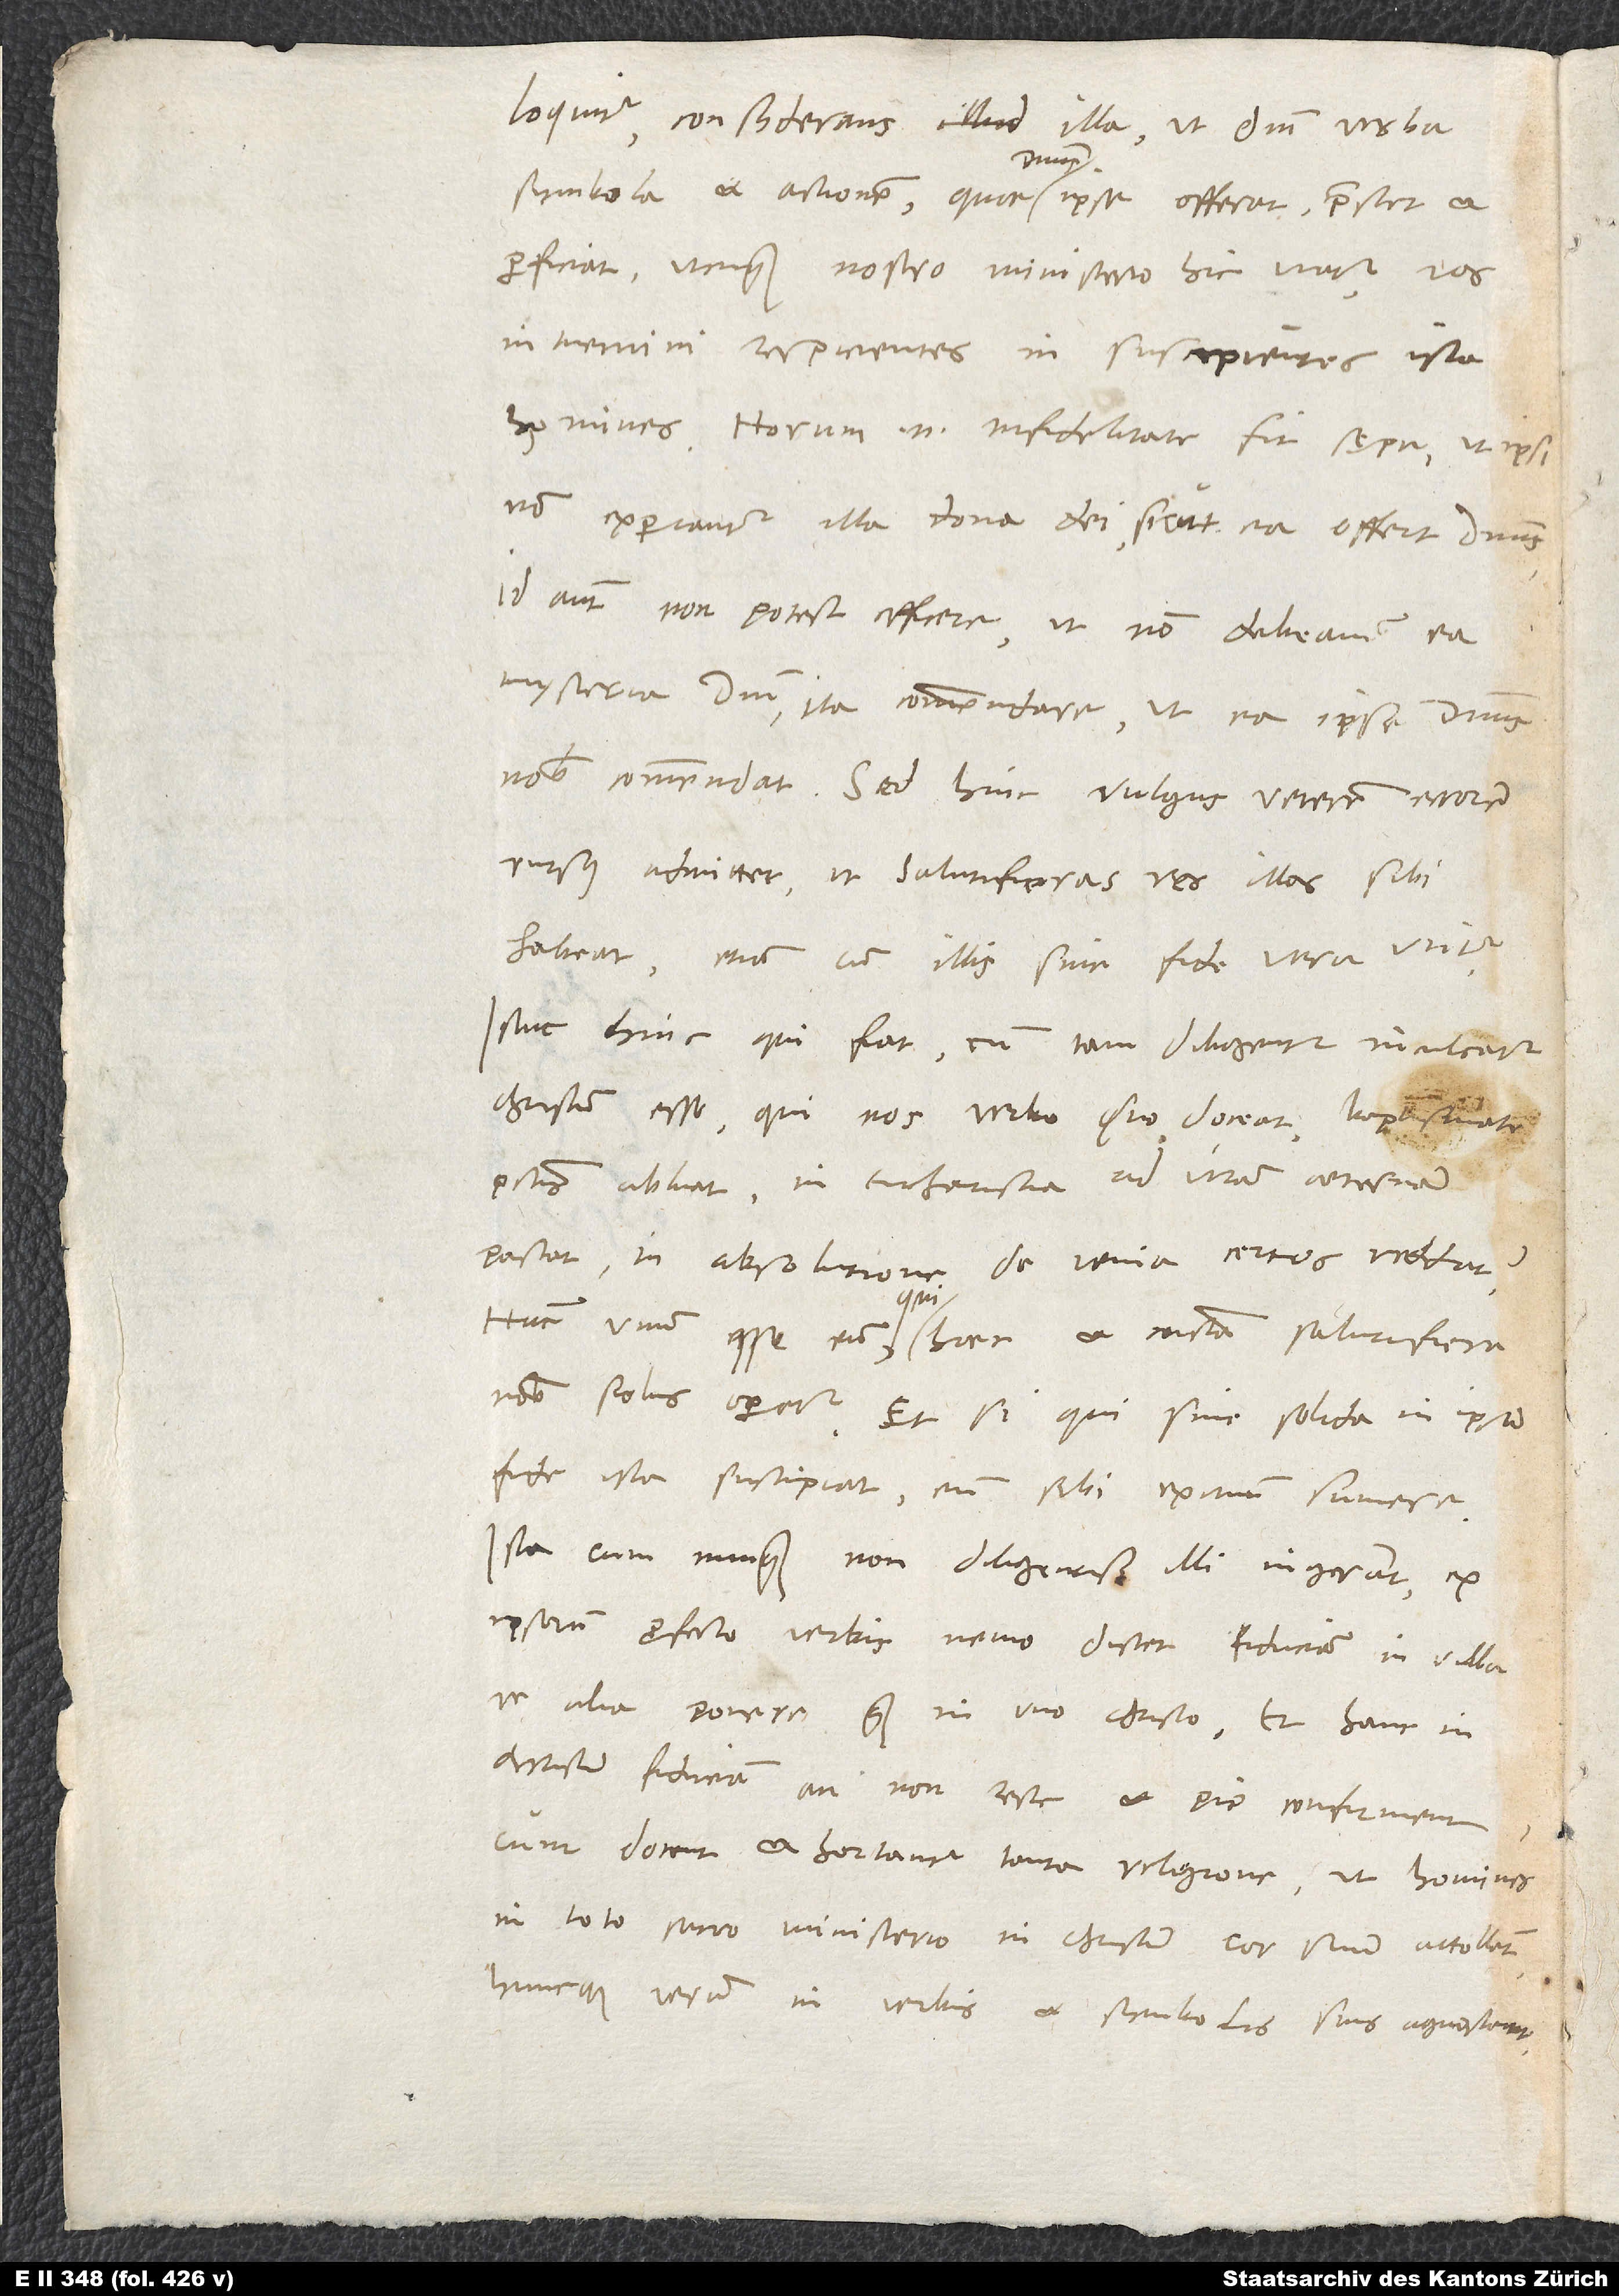
loquitur consyderans illa ut domini verba,
symbola et actionem, quae dominus ipse offerat, praestet et
proficiat, utcunque nostro ministerio hic utatur, vos
intuemini respicientes in suscipientes ista
homines. Horum enim infidelitate fit sępe, ut ipsi
non experiantur illa dona dei, sicut ea offert dominus.
Id autem non potest efficere, ut non debeamus ea
mysteria domini ita commendare, ut ea ipse dominus
nobis commendat. „Sed hinc vulgus veterem errorem
rursus admittet, ut salutiferas res illas sibi
habeat, etiam cum illis sine fide vera utitur.“
Istuc hinc qui fiat, cum tam diligenter inculcatur
Christum esse, qui nos verbo suo doceat, baptismate
peccatum abluat, in eucharistia ad vitam aeternam
pascat, in absolutione de venia certos reddat?
Hunc unum esse eum, qui haec et cuncta salutifera
nobis solus operetur, et si qui sine solida in ipsum
fide ista suscipiat, eum sibi exitium sumere.
Ista cum nunquam non diligentissime illi ingerant, ex
ipsorum profecto verbis nemo discet fiduciam in ulla
re alia ponere quam in uno Christo, et hanc in
Christum fiduciam an non recte et pie confirment,
cum docent et hortantur tanta religione, ut homines
in toto sacro ministerio in Christum cor suum attollant
huncque verum in verbis et symbolis suis agnoscant